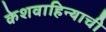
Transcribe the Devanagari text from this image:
केशवाहिन्याची